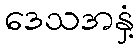
ဒေသအနှံ့